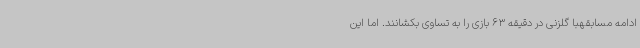
ادامه مسابقهبا گلزنی در دقیقه 63 بازی را به تساوی بکشانند. اما این